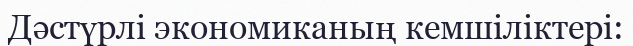
Дәстүрлі экономиканың кемшіліктері: